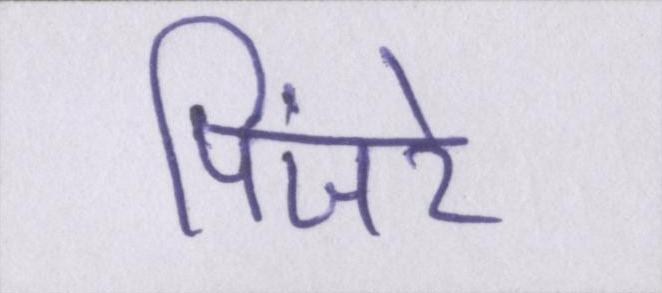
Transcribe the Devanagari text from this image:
पिंजरे